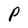
Character: P